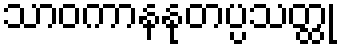
သာဝကာနနုတပ္ပသတ္ထု